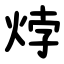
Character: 㶿